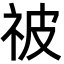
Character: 𬒳